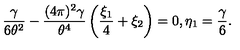
\frac { \gamma } { 6 \theta ^ { 2 } } - \frac { ( 4 \pi ) ^ { 2 } \gamma } { \theta ^ { 4 } } \left( \frac { \xi _ { 1 } } { 4 } + \xi _ { 2 } \right) = 0 , \eta _ { 1 } = \frac { \gamma } { 6 } .